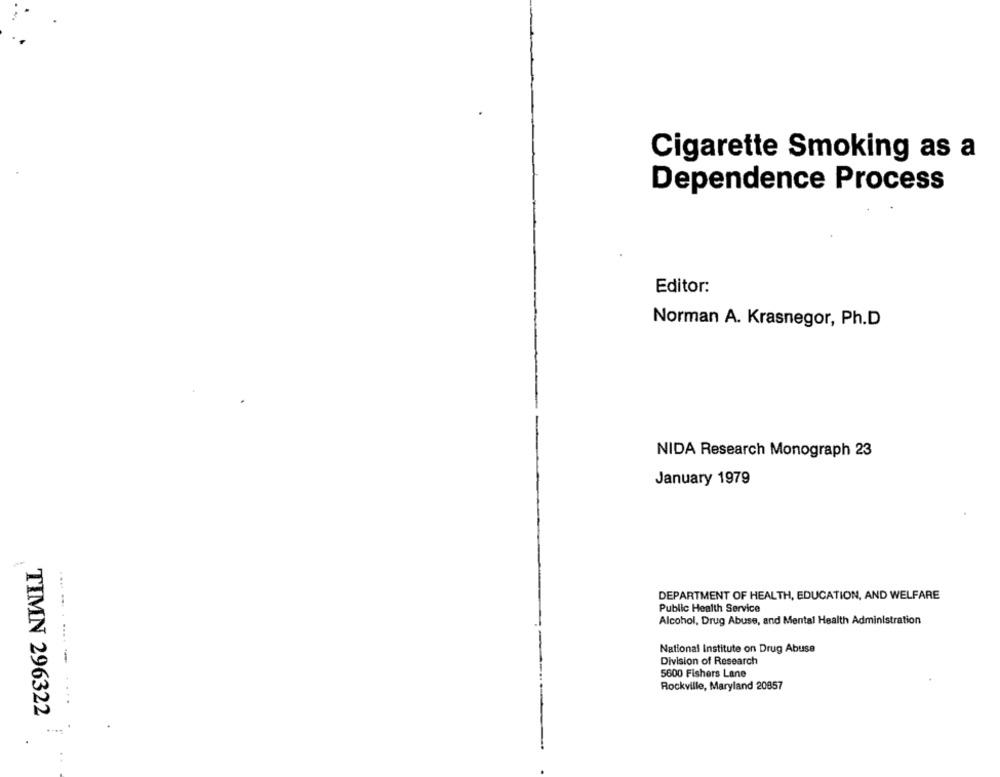
Cigarette Smoking as a
Dependence Process
Editor:
Norman A. Krasnegor, Ph.D
NIDA Research Monograph 23
January 1979
DEPARTMENT OF HEALTH, EDUCATION, AND WELFARE
Public Health Service
Alcohol, Drug Abuse, and Mental Health Administration
National Institute on Drug Abuse
Division of Research
5600 Fishers Lane
... .... . ..
Rockville, Maryland 20857
TIMN 296322